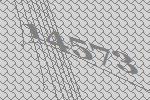
14573